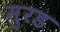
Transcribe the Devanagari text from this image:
मुरड